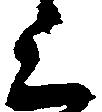
上